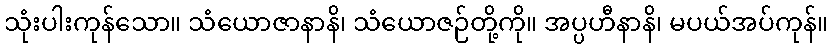
သုံးပါးကုန်သော။ သံယောဇာနာနိ၊ သံယောဇဉ်တို့ကို။ အပ္ပဟီနာနိ၊ မပယ်အပ်ကုန်။